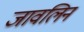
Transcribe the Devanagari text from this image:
जावलिन